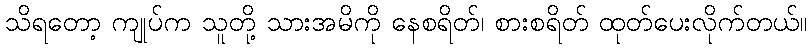
သိရတော့ ကျုပ်က သူတို့ သားအမိကို နေစရိတ်၊ စားစရိတ် ထုတ်ပေးလိုက်တယ်။